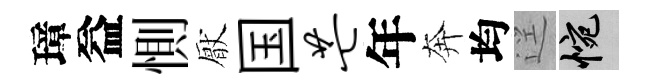
璋益惻厭国芒年奔均逕惋